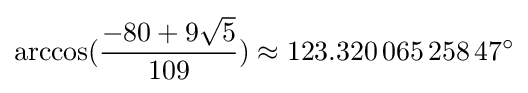
\arccos({\frac {-80+9{\sqrt {5}}}{109}})\approx 123.320\,065\,258\,47^{\circ }